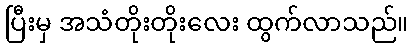
ပြီးမှ အသံတိုးတိုးလေး ထွက်လာသည်။